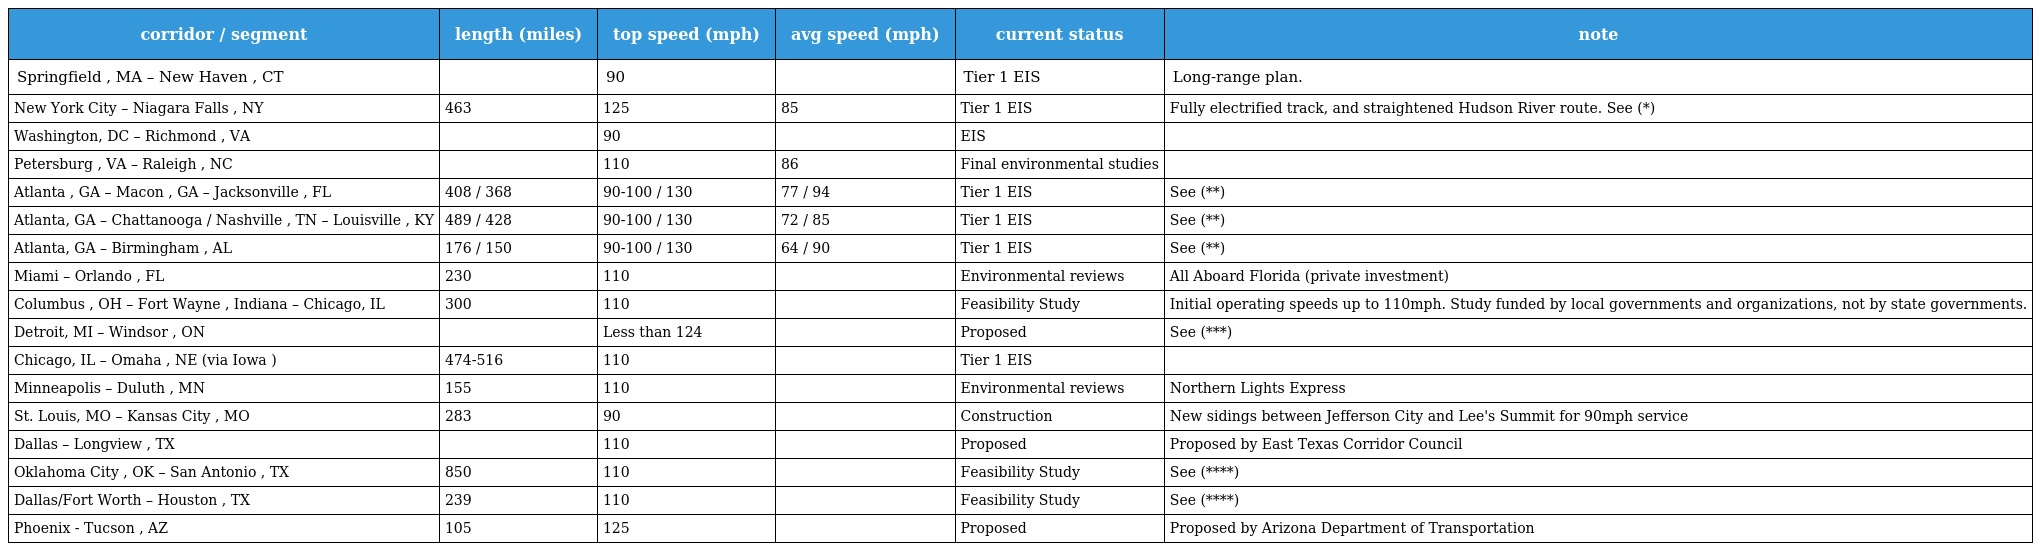
| corridor / segment | length (miles) | top speed (mph) | avg speed (mph) | current status | note |
 | --- | --- | --- | --- | --- | --- |
 | Springfield , MA – New Haven , CT |  | 90 |  | Tier 1 EIS | Long-range plan. |
 | New York City – Niagara Falls , NY | 463 | 125 | 85 | Tier 1 EIS | Fully electrified track, and straightened Hudson River route. See (*) |
 | Washington, DC – Richmond , VA |  | 90 |  | EIS |  |
 | Petersburg , VA – Raleigh , NC |  | 110 | 86 | Final environmental studies |  |
 | Atlanta , GA – Macon , GA – Jacksonville , FL | 408 / 368 | 90-100 / 130 | 77 / 94 | Tier 1 EIS | See (**) |
 | Atlanta, GA – Chattanooga / Nashville , TN – Louisville , KY | 489 / 428 | 90-100 / 130 | 72 / 85 | Tier 1 EIS | See (**) |
 | Atlanta, GA – Birmingham , AL | 176 / 150 | 90-100 / 130 | 64 / 90 | Tier 1 EIS | See (**) |
 | Miami – Orlando , FL | 230 | 110 |  | Environmental reviews | All Aboard Florida (private investment) |
 | Columbus , OH – Fort Wayne , Indiana – Chicago, IL | 300 | 110 |  | Feasibility Study | Initial operating speeds up to 110mph. Study funded by local governments and organizations, not by state governments. |
 | Detroit, MI – Windsor , ON |  | Less than 124 |  | Proposed | See (***) |
 | Chicago, IL – Omaha , NE (via Iowa ) | 474-516 | 110 |  | Tier 1 EIS |  |
 | Minneapolis – Duluth , MN | 155 | 110 |  | Environmental reviews | Northern Lights Express |
 | St. Louis, MO – Kansas City , MO | 283 | 90 |  | Construction | New sidings between Jefferson City and Lee's Summit for 90mph service |
 | Dallas – Longview , TX |  | 110 |  | Proposed | Proposed by East Texas Corridor Council |
 | Oklahoma City , OK – San Antonio , TX | 850 | 110 |  | Feasibility Study | See (****) |
 | Dallas/Fort Worth – Houston , TX | 239 | 110 |  | Feasibility Study | See (****) |
 | Phoenix - Tucson , AZ | 105 | 125 |  | Proposed | Proposed by Arizona Department of Transportation |